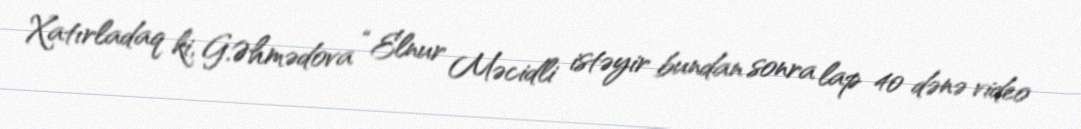
Xatırladaq ki, G.Əhmədova “Elnur Məcidli istəyir bundan sonra lap 40 dənə video